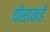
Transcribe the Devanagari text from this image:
पोराकडे